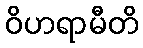
ဝိဟရာမီတိ